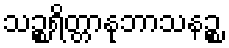
သဉ္စရိတ္တာနုဘာသနဉ္စ